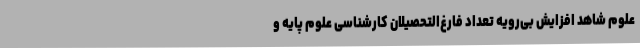
علوم شاهد افزایش بی‌رویه تعداد فارغ‌التحصیلان کارشناسی علوم پایه و